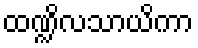
ထဏ္ဍိလသာယိကာ